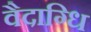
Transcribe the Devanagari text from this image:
वैदाग्धि